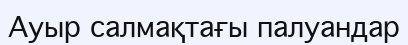
Ауыр салмақтағы палуандар